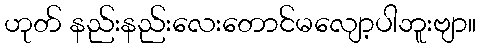
ဟုတ် နည်းနည်းလေးတောင်မလျော့ပါဘူးဗျာ။